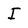
Character: I